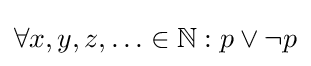
\forall x,y,z,\ldots \in \mathbb {N} :p\vee \neg p